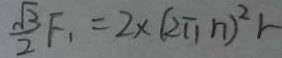
\frac { \sqrt { 3 } } { 2 } F _ { 1 } = 2 \times ( 2 \pi n ) ^ { 2 } r